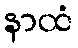
နာထံ